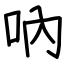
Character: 吶